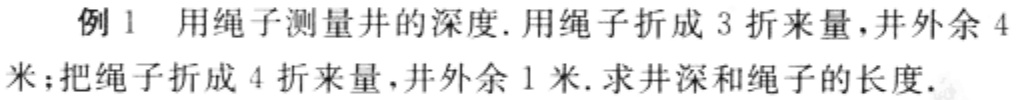
例1 用绳子测量井的深度. 用绳子折成3折来量，井外余4米；把绳子折成4折来量，井外余1米. 求井深和绳子的长度.